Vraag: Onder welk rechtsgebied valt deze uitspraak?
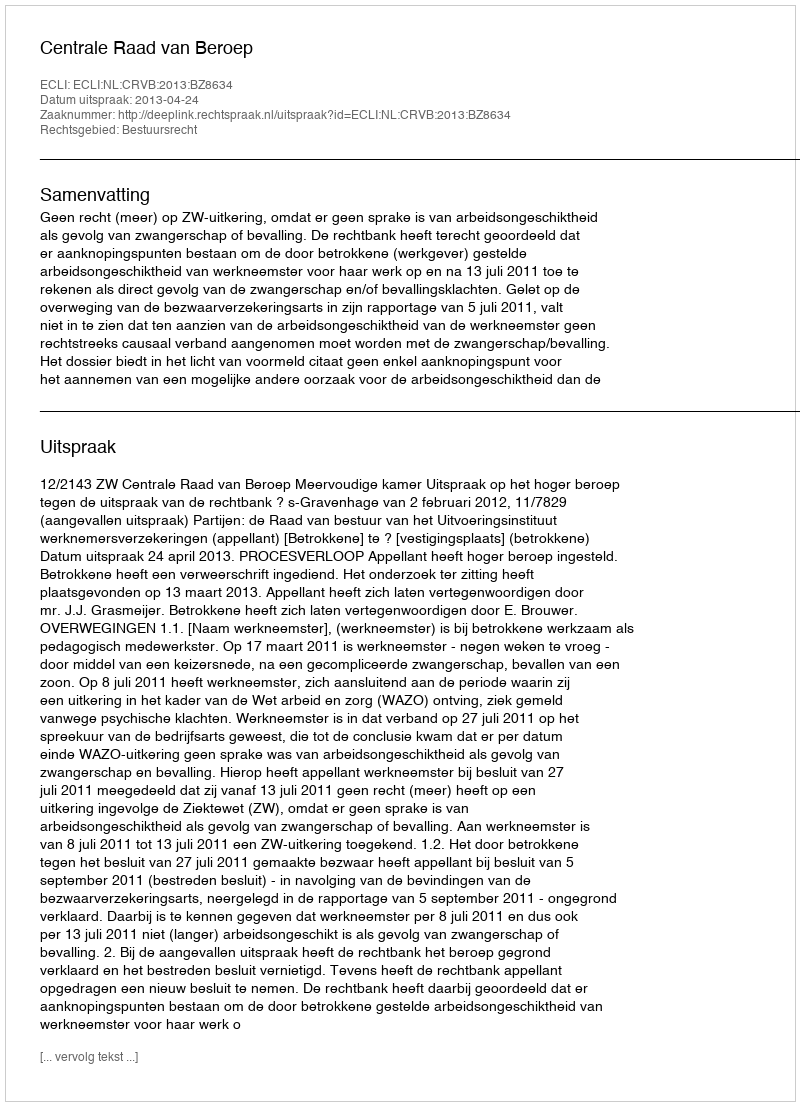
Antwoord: Bestuursrecht